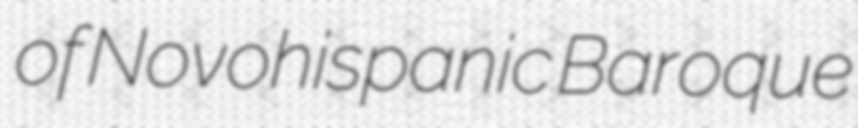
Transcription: of Novohispanic Baroque